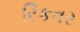
રિકવર